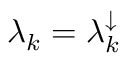
\lambda _ { k } = \lambda _ { k } ^ { \downarrow }